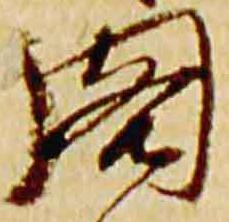
閣